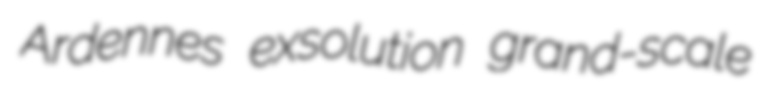
Ardennes exsolution grand-scale